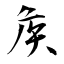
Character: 矦